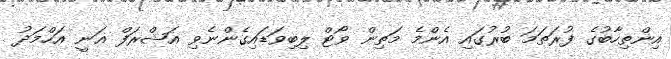
އިންތިހާބުގެ ފުރަތަމަ ބުރުގައި އެންމެ މަތިން ވޯޓް ލިބިވަޑައިގެންނެވި އަޝްރަފް ޣަނީ އަހްމަދު